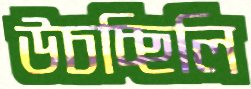
উচচ্ছিলি